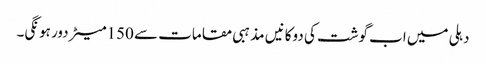
دہلی میں اب گوشت کی دوکانیں مذہبی مقامات سے 150میٹر دور ہونگی۔